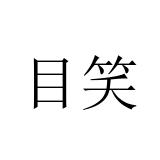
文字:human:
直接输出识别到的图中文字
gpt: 目笑